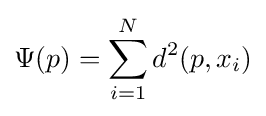
\Psi (p)=\sum _{i=1}^{N}d^{2}(p,x_{i})